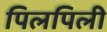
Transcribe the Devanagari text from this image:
पिलपिली